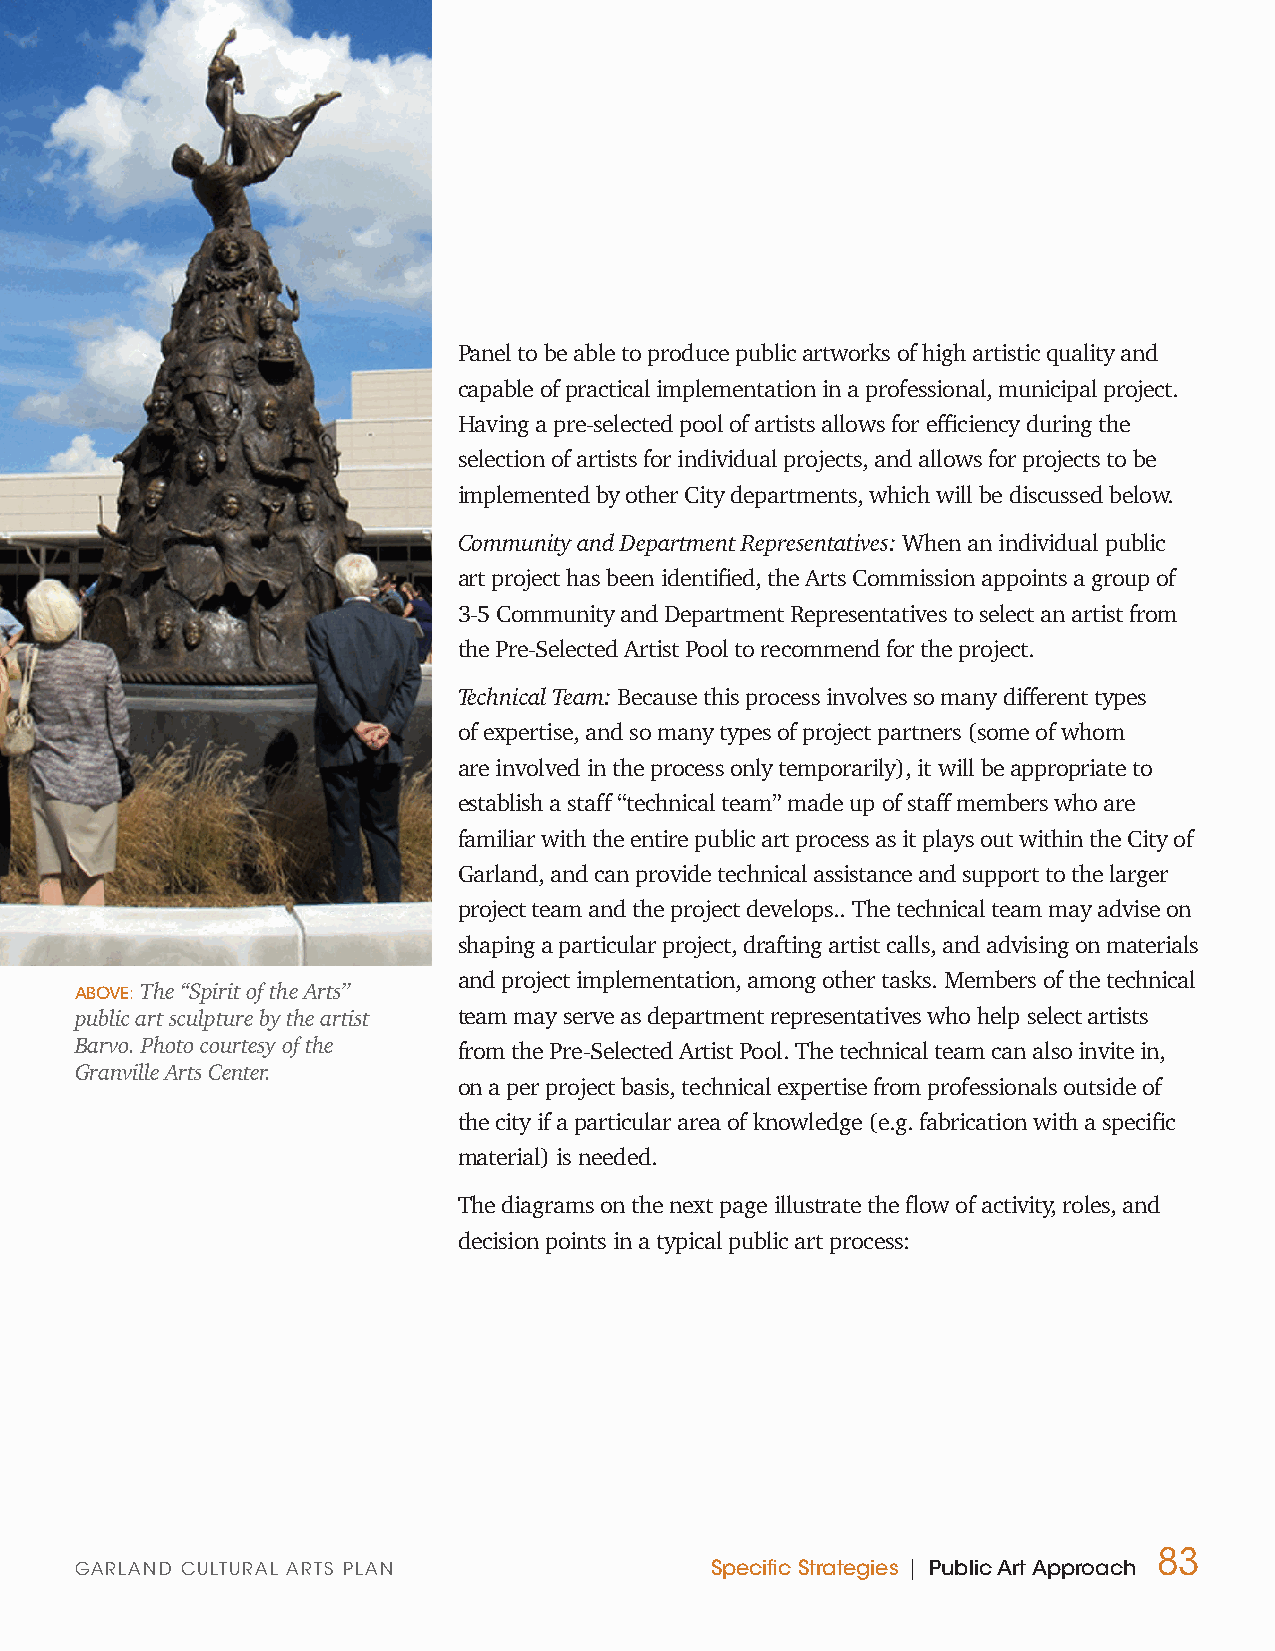
Panel to be able to produce public artworks of high artistic quality and
 capable of practical implementation in a professional, municipal project.
 Having a pre-selected pool of artists allows for efficiency during the
 selection of artists for individual projects, and allows for projects to be
 implemented by other City departments, which will be discussed below.
 Community and Department Representatives: When an individual public
 art project has been identified, the Arts Commission appoints a group of
 3-5 Community and Department Representatives to select an artist from
 the Pre-Selected Artist Pool to recommend for the project.
 Technical Team: Because this process involves so many different types
 of expertise, and so many types of project partners (some of whom
 are involved in the process only temporarily), it will be appropriate to
 establish a staff “technical team” made up of staff members who are
 familiar with the entire public art process as it plays out within the City of
 Garland, and can provide technical assistance and support to the larger
 project team and the project develops.. The technical team may advise on
 shaping a particular project, drafting artist calls, and advising on materials
 and project implementation, among other tasks. Members of the technical
 ABOVE: The “Spirit of the Arts”
 public art sculpture by the artist team may serve as department representatives who help select artists
 Barvo. Photo courtesy of the from the Pre-Selected Artist Pool. The technical team can also invite in,
 Granville Arts Center.
 on a per project basis, technical expertise from professionals outside of
 the city if a particular area of knowledge (e.g. fabrication with a specific
 material) is needed.
 The diagrams on the next page illustrate the flow of activity, roles, and
 decision points in a typical public art process:
 83
 GARLAND CULTURAL ARTS PLAN                Specific Strategies | Public Art Approach